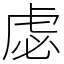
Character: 虙